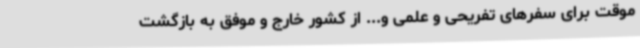
موقت برای سفرهای تفریحی و علمی و... از کشور خارج و موفق به بازگشت